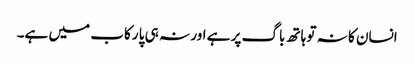
انسان کا نہ تو ہاتھ باگ پر ہے اور نہ ہی پا رکاب میں ہے۔